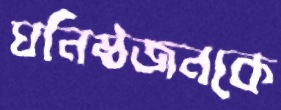
ঘনিষ্ঠজনকে